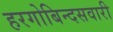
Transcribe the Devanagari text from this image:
हरगोबिन्दसवारी